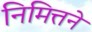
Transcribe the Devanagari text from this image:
निमित्तने